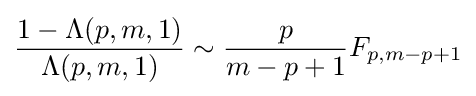
{\frac {1-\Lambda (p,m,1)}{\Lambda (p,m,1)}}\sim {\frac {p}{m-p+1}}F_{p,m-p+1}